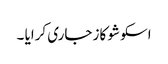
اسکو شو کاز جاری کرایا ۔